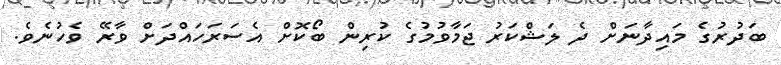
ބަދުރުގެ މައިދާނަށް ދެ ލަޝްކަރު ޖަމާވުމުގެ ކުރިން ބޯކޮށް އެސަރަހައްދަށް ވާރޭ ވެހުނެވެ.